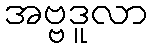
အဗ္ဗဒူလာ